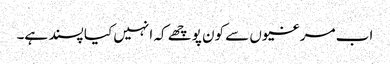
اب مرغیوں سے کون پوچھے کہ انہیں کیا پسند ہے۔